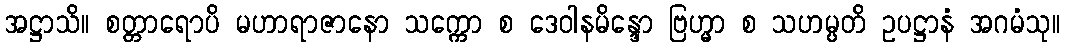
အဋ္ဌာသိ။ စတ္တာရောပိ မဟာရာဇာနော သက္ကော စ ဒေဝါနမိန္ဒော ဗြဟ္မာ စ သဟမ္ပတိ ဥပဋ္ဌာနံ အဂမံသု။